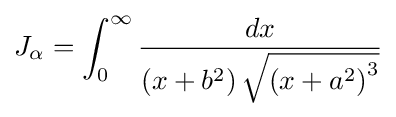
J_{\alpha }=\int _{0}^{\infty }{\frac {dx}{\left(x+b^{2}\right){\sqrt {\left(x+a^{2}\right)^{3}}}}}